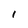
Character: I